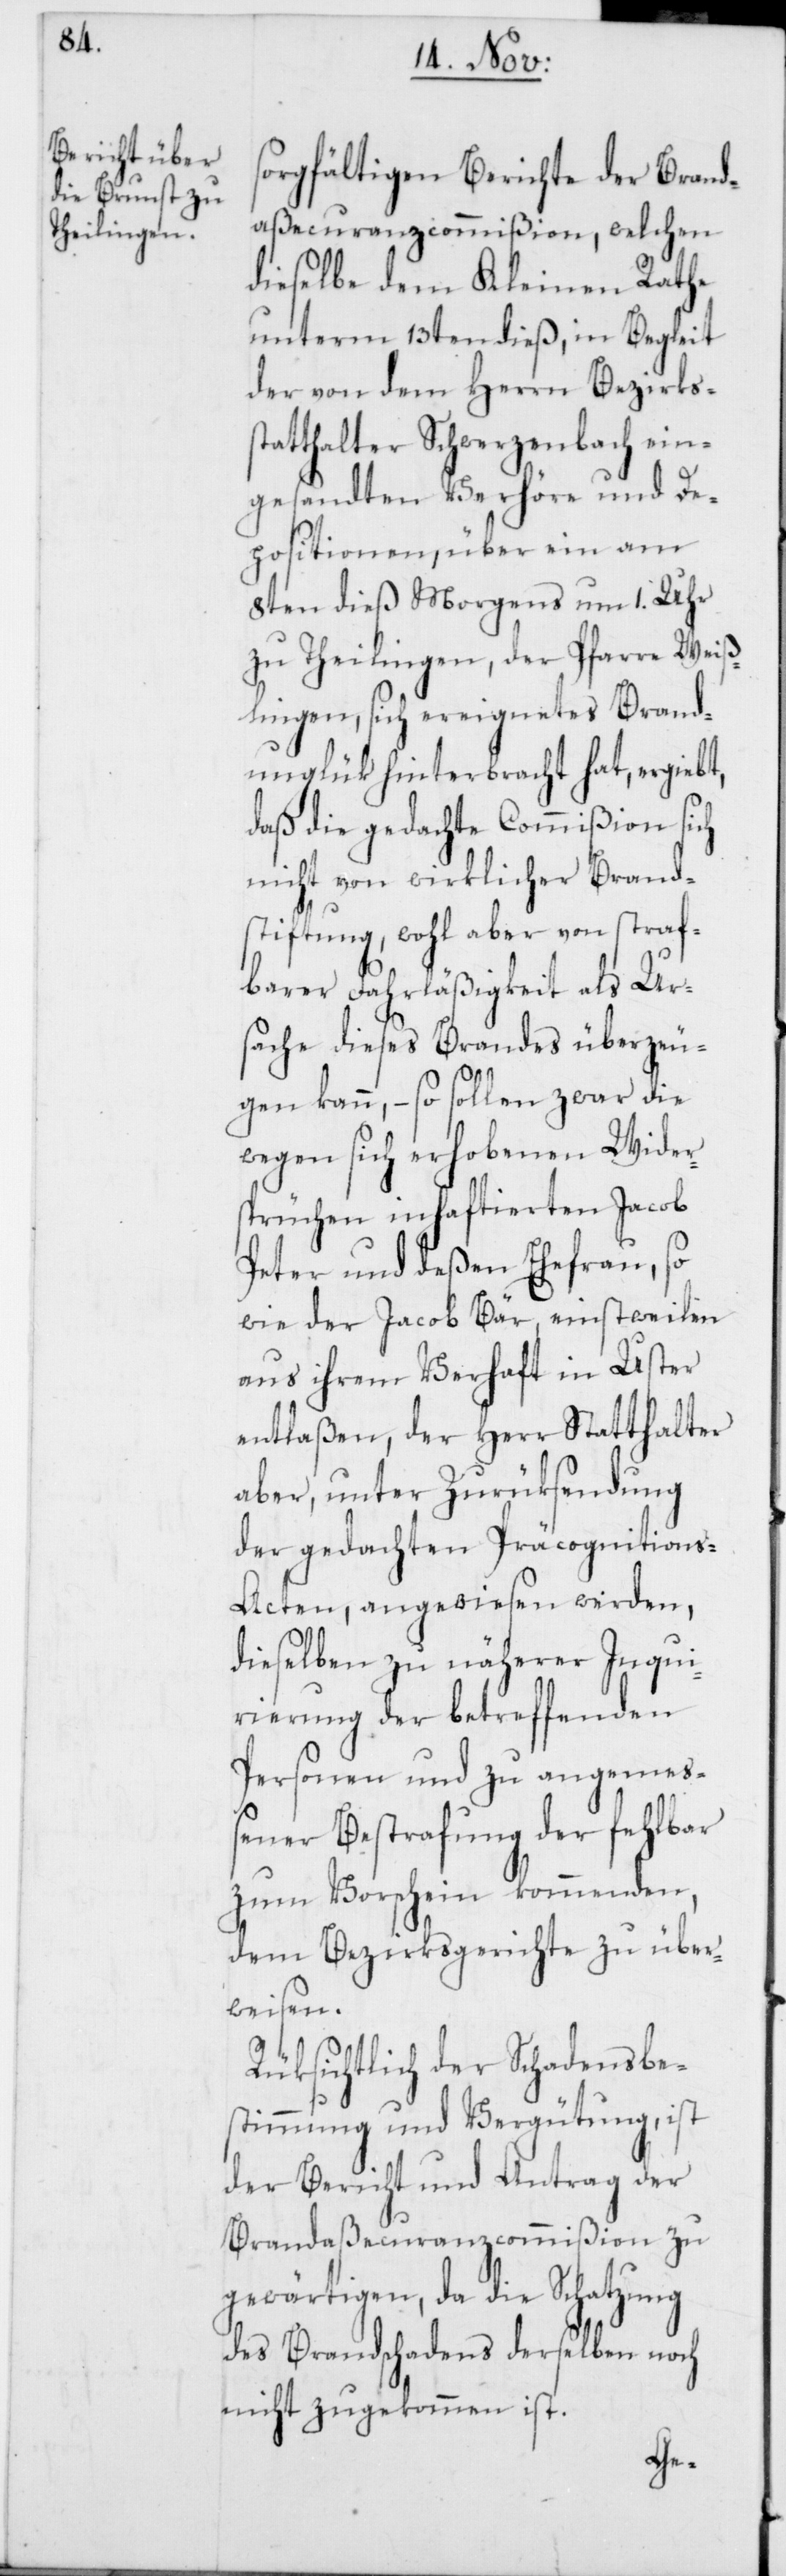
sorgfältigen Berichte der Brand¬
aßecuranzcommißion, welchen
dieselbe dem Kleinen Rathe
unterm 13ten dieß, in Begleit
der von dem Herrn Bezirkss¬
tatthalter Schwerzenbach ein¬
gesandten Verhöre und De¬
positionen, über ein am
8ten dieß Morgens um 1. Uhr
zu Theilingen, der Pfarre Weiß¬
lingen, sich ereignetes Brand¬
unglük hinterbracht hat, ergiebt,
daß die gedachte Commißion sich
nicht von wirklicher Brand¬
stiftung, wohl aber von straf¬
barer Fahrläßigkeit als Ur¬
sache dieses Brandes überzeu¬
gen kann, – so sollen zwar die
wegen sich erhobenen Wider¬
sprüchen inhaftierten Jacob
Peter und deßen Ehefrau, so
wie der Jacob Bär, einstweilen
aus ihrem Verhaft in Uster
entlaßen, der Herr Statthalter
aber, unter Zurüksendung
der gedachten Präcognitions-A¬
cten, angewiesen werden,
dieselben zu näherer Inqui¬
rierung der betreffenden
Personen und zu angemeß¬
ener Bestrafung der fehlbar
zum Vorschein kommenden,
dem Bezirksgerichte zu über¬
weisen.
Rüksichtlich der Schadensbe¬
stimmung und Vergütung, ist
der Bericht und Antrag der
Brandaßecuranzcommißion zu
gewärtigen, da die Schatzung
des Brandschadens derselben noch
nicht zugekommen ist.